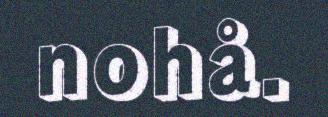
nohå.